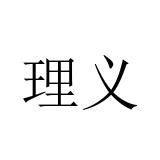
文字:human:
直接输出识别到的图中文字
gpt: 理义